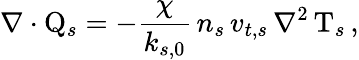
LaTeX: \nabla\cdot\mathrm{Q}_{s}=-\frac{\chi}{k_{s,0}}\, n_{s}\, v_{t,s}\, \nabla^{2}\, \mathrm{T}_{s}\, ,